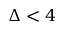
\Delta < 4